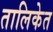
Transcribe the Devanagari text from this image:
तालिकेत